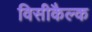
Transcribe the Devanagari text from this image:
विसीकैल्क